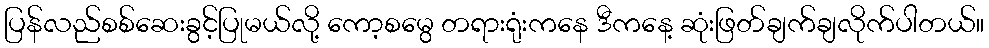
ပြန်လည်စစ်ဆေးခွင့်ပြုမယ်လို့ ကော့စမွေ တရားရုံးကနေ ဒီကနေ့ ဆုံးဖြတ်ချက်ချလိုက်ပါတယ်။